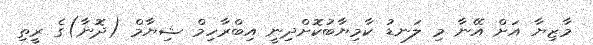
މާޒިޔާ އަށް އޭނާ މި ލަނޑު ކާމިޔާބުކޮށްދިނީ އިބްރާހިމް ޝިޔާމް (ދޮނާ)ގެ ރީތި